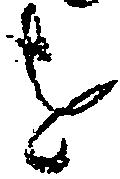
を